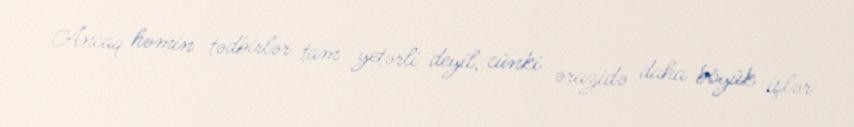
Ancaq həmin tədbirlər tam yetərli deyil, cünki ərazidə daha böyük işlər